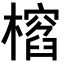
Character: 𣛱